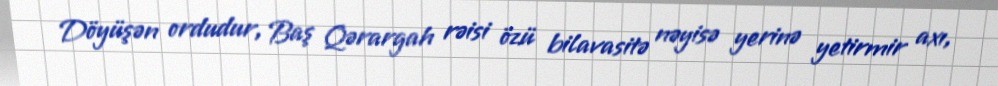
Döyüşən ordudur, Baş Qərargah rəisi özü bilavasitə nəyisə yerinə yetirmir axı,